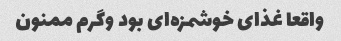
واقعا غذای خوشمزه‌ای بود وگرم ممنون